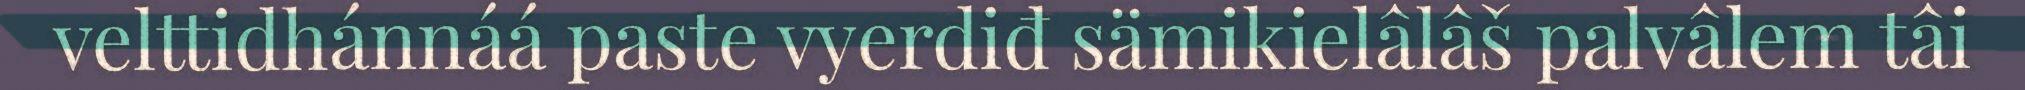
velttidhánnáá paste vyerdiđ sämikielâlâš palvâlem tâi